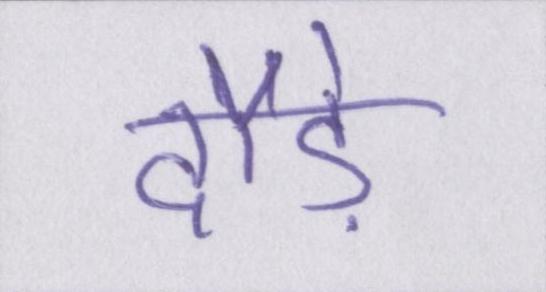
दौड़े